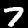
Digit: 7